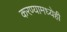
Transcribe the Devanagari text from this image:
करण्यामध्येही